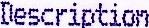
DESCRIPTION